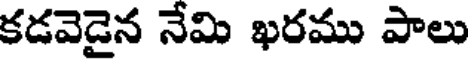
కడవెడైన నేమి ఖరము పాలు